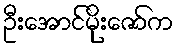
ဦးအောင်မိုးဇော်က